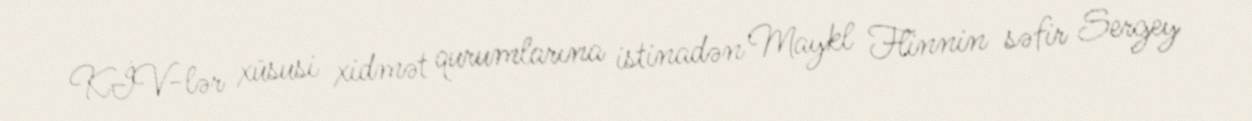
KİV-lər xüsusi xidmət qurumlarına istinadən Maykl Flinnin səfir Sergey